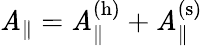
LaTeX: \mathit{A}_{\| }=\mathit{A}_{\| }^{\mathrm{{(h)}}}+\mathit{A}_{\| }^{\mathrm{{(s)}}}